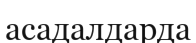
асадалдарда